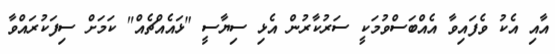
އާއި އެކު ވެފައިވާ އެއްބަސްވުމަކީ ސަރުކާރުން އެޅި ސިޔާސީ "ޅައެއްޗެއް" ކަމަށް ސިފަކުރައްވާ